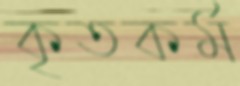
কৃতকর্ম